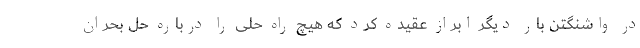
در واشنگتن بار دیگر ابراز عقیده کرد که هیچ راه حلی را درباره حل بحران